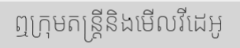
ឮក្រុមតន្ត្រីនិងមើលវីដេអូ